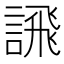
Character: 𫍄